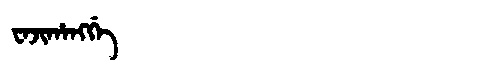
Manchu: ᠸᠠᠵᡳᡥᠠᠩᡤᡝ
Romanization: WAJIHANGGE